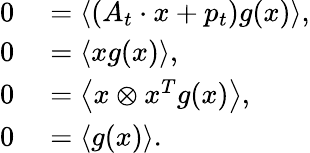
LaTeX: \begin{array}{rl}{0}&{{}=\left\langle\left(A_{t}\cdot x+p_{t}\right)g(x)\right\rangle,}\\ {0}&{{}=\left\langle xg(x)\right\rangle,}\\ {0}&{{}=\left\langle x\otimes x^{T}g(x)\right\rangle,}\\ {0}&{{}=\left\langle g(x)\right\rangle.}\end{array}